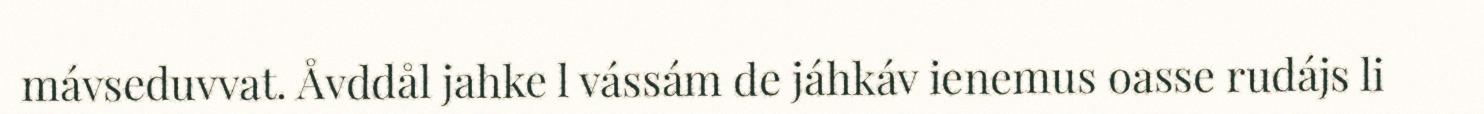
mávseduvvat. Åvddål jahke l vássám de jáhkáv ienemus oasse rudájs li